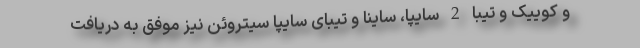
و کوییک و تیبا 2 سایپا، ساینا و تیبای سایپا سیتروئن نیز موفق به دریافت